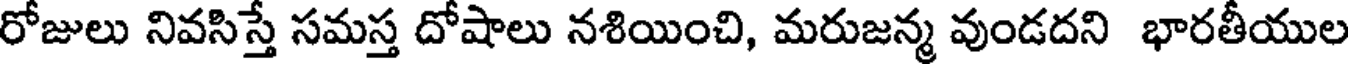
రోజులు నివసిస్తే సమస్త దోషాలు నశియించి, మరుజన్మ వుండదని భారతీయుల